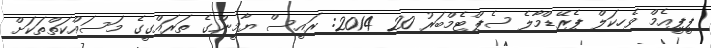
ޕީޕީއެމް ވެހިކަލް ޕެރޭޑްމާލެ ސެޕްޓެމްބަރު 20 2014: ރައީސް ޔާމީންގެ ތަރައްގީގެ މަސައްކަތްތަކަށް